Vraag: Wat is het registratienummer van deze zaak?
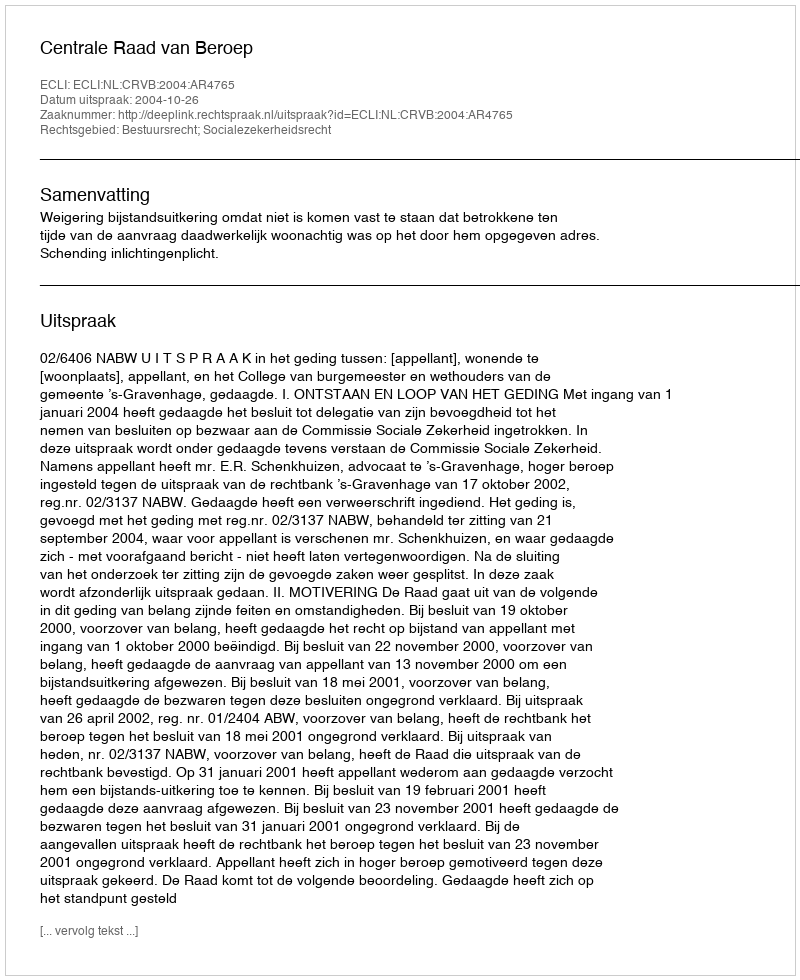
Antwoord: http://deeplink.rechtspraak.nl/uitspraak?id=ECLI:NL:CRVB:2004:AR4765